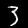
Digit: 3